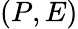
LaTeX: (P,E)